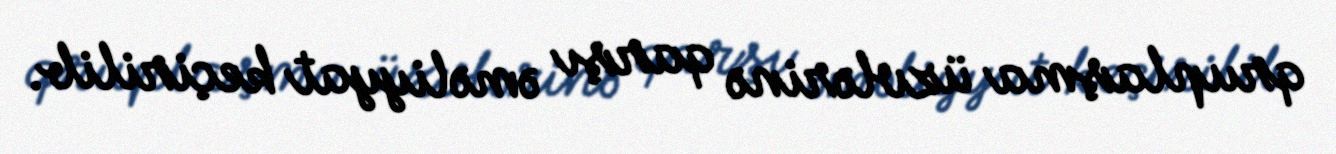
qruplaşma üzvlərinə qarşı əməliyyat keçirilib.